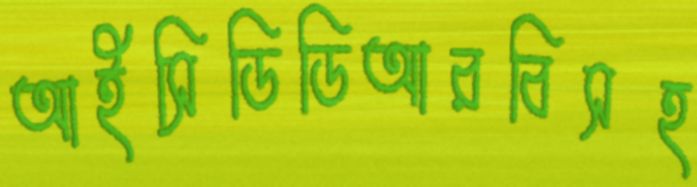
আইসিডিডিআরবিসহ